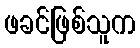
ဖခင်ဖြစ်သူက